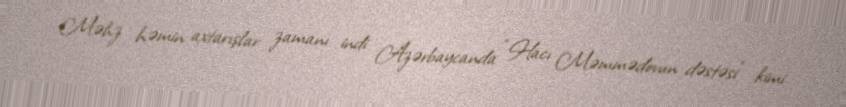
Məhz həmin axtarışlar zamanı indi Azərbaycanda “Hacı Məmmədovun dəstəsi” kimi